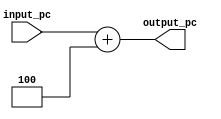
module pc_inc #(
    parameter DWIDTH = 64
) (
    input_pc, output_pc
);
    input [DWIDTH-1:0] input_pc;
    output [DWIDTH-1:0] output_pc;
    
    assign output_pc = input_pc + 4;
    
endmodule